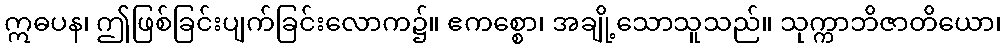
ဣဓပန၊ ဤဖြစ်ခြင်းပျက်ခြင်းလောက၌။ ဧကစ္စော၊ အချို့သောသူသည်။ သုက္ကာဘိဇာတိယော၊